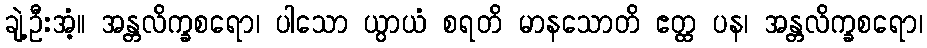
ချဲ့ဦးအံ့။ အန္တလိက္ခစရော၊ ပါသော ယွာယံ စရတိ မာနသောတိ ဧတ္ထ ပန၊ အန္တလိက္ခစရော၊